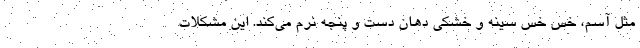
مثل آسم، خس خس سینه و خشکی دهان دست و پنجه نرم می‌کند. این مشکلات